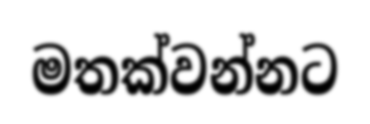
මතක්වන්නට